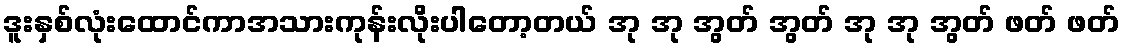
ဒူးနှစ်လုံးထောင်ကာအသားကုန်းလိုးပါတော့တယ် အု အု အွတ် အွတ် အု အု အွတ် ဖတ် ဖတ်